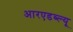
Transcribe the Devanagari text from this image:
आरएडब्ल्यू